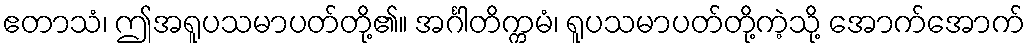
ဧတာသံ၊ ဤအရူပသမာပတ်တို့၏။ အင်္ဂါတိက္ကမံ၊ ရူပသမာပတ်တို့ကဲ့သို့ အောက်အောက်